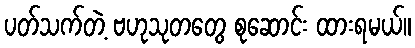
ပတ်သက်တဲ့ ဗဟုသုတတွေ စုဆောင်း ထားရမယ်။